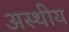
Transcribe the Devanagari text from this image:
अस्थीय